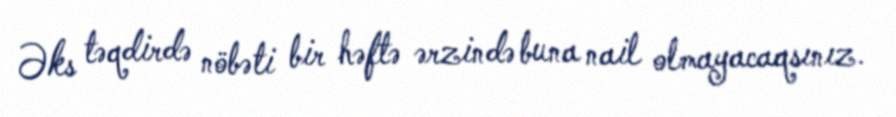
Əks təqdirdə nöbəti bir həftə ərzində buna nail olmayacaqsınız.